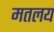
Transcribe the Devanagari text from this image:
मतलय